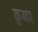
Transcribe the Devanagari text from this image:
कुब्वा